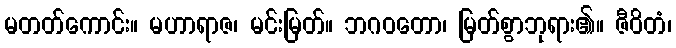
မတတ်ကောင်း။ မဟာရာဇ၊ မင်းမြတ်။ ဘဂဝတော၊ မြတ်စွာဘုရား၏။ ဇီဝိတံ၊